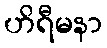
ဟိရီမနာ